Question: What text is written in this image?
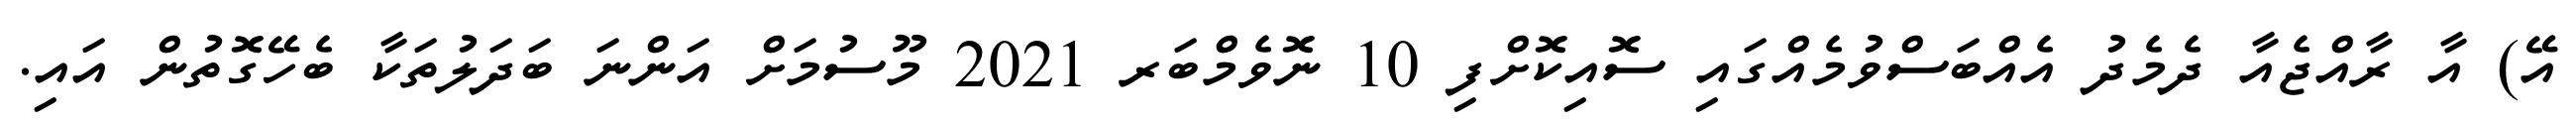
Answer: އޭ) އާ ރާއްޖެއާ ދެމެދު އެއްބަސްވުމެއްގައި ސޮއިކޮށްފި 10 ނޮވެމްބަރ 2021 މޫސުމަށް އަންނަ ބަދަލުތަކާ ބެހޭގޮތުން އައި.